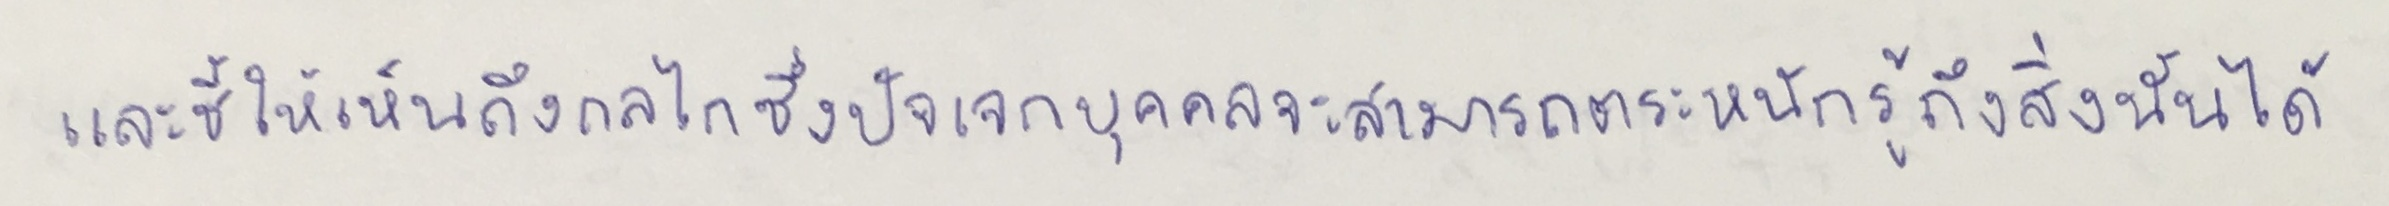
และชี้ให้เห็นถึงกลไกซึ่งปัจเจกบุคคลจะสามารถตระหนักรู้ถึงสิ่งนั้นได้